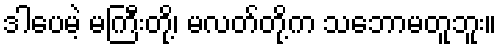
ဒါပေမဲ့ မကြီးတို့၊ မလတ်တို့က သဘောမတူဘူး။